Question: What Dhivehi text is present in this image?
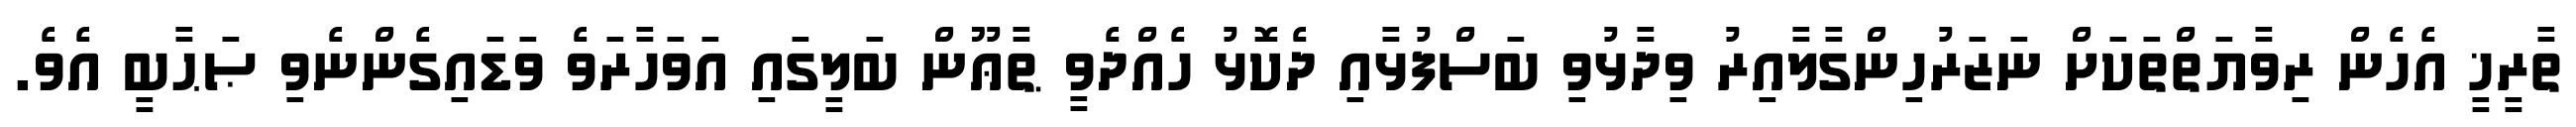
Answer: ތާރީޚީ އެހެން ރިވާޔަތްތަކަށް ނަޒަރުހިންގާލާއިރު ވިދާޅުވި ބަސްފުޅާއި ދެކޮޅު ހެއްދެވީ ޠާޢޫން ބަލީގައި އަވަހާރަވެ ވަޑައިގެންނެވި ޞަޙާބީ އެވެ.